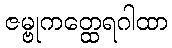
ဇမ္ဗုကတ္ထေရဂါထာ